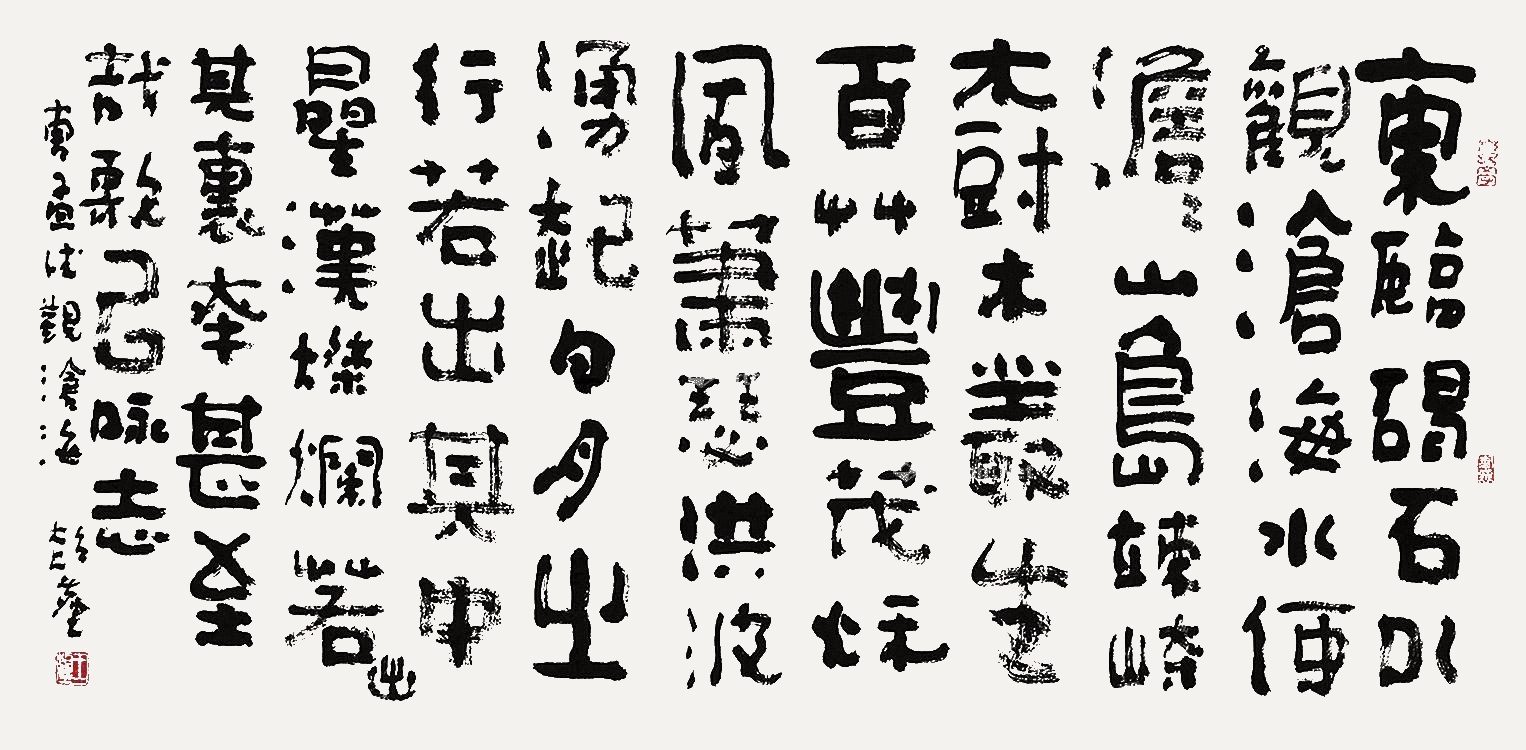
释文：东临碣石，以观沧海。水何澹澹，山岛竦峙。树木丛生，百草丰茂。秋风萧瑟，洪波涌起。日月之行，若出其中。星汉灿烂，若出其里。幸甚至哉，歌以咏志。曹孟德观沧海，超尘。